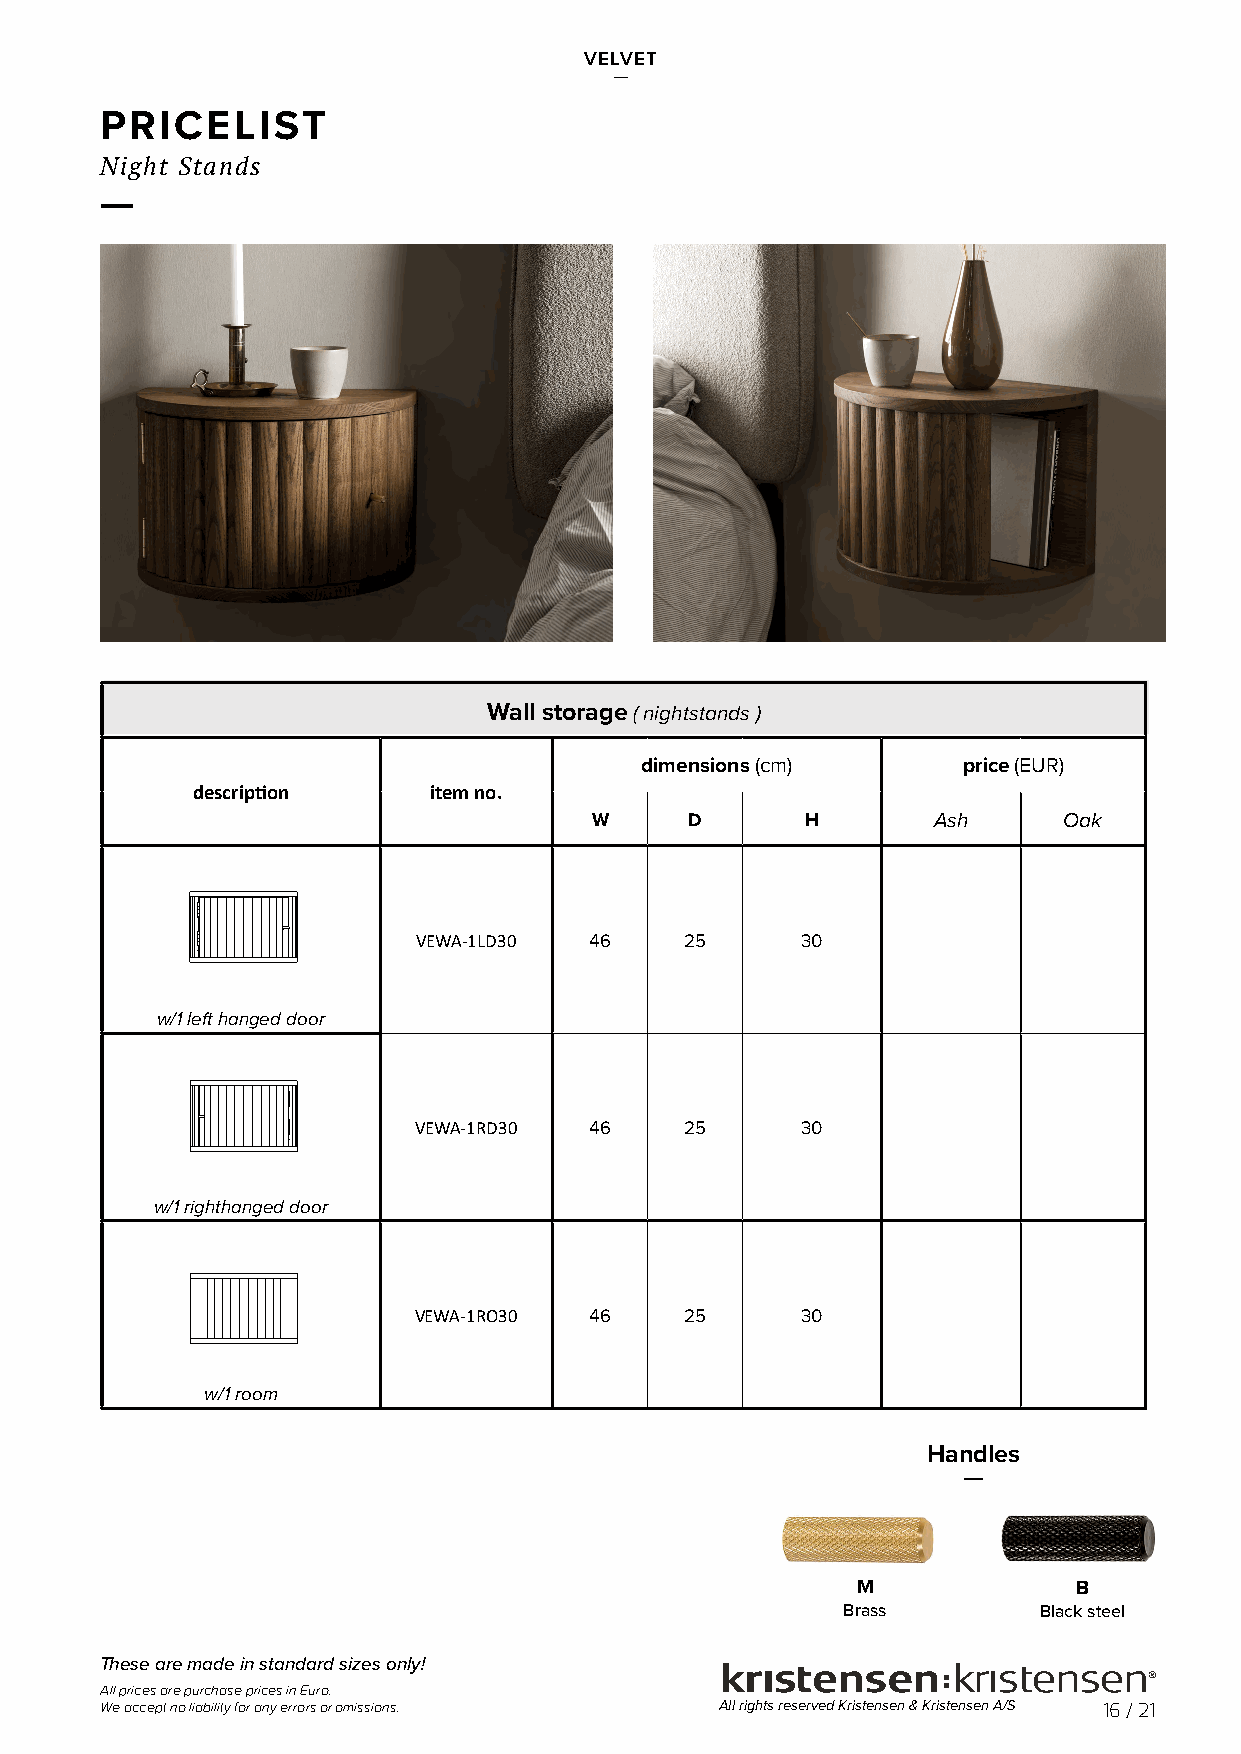
VELVET
 —
 PRICELIST
 Night Stands
 —
 Wall storage ( nightstands )
 dimensions (cm)       price (EUR)
 description    item no.
 W      D      H        Ash     Oak
 VEWA-1LD30 46    25      30
 w/1 left hanged door
 VEWA-1RD30  46    25      30
 w/1 righthanged door
 VEWA-1RO30  46    25      30
 w/1 room
 Handles
 —
 M             B
 Brass        Black steel
 These are made in standard sizes only!
 All prices are purchase prices in Euro.
 We accept no liability for any errors or omissions. All rights reserved Kristensen & Kristensen A/S 16 / 21